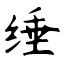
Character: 缍